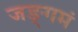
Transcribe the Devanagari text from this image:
जङ्गमं